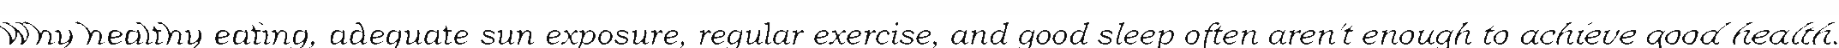
"Why healthy eating, adequate sun exposure, regular exercise, and good sleep often aren't enough to achieve good health."